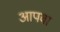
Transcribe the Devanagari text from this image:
आपवा